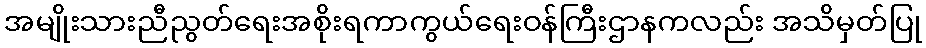
အမျိုးသားညီညွတ်ရေးအစိုးရကာကွယ်ရေးဝန်ကြီးဌာနကလည်း အသိမှတ်ပြု